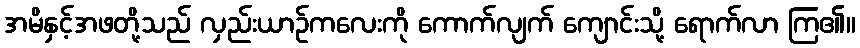
အမိနှင့်အဖတို့သည် လှည်းယာဉ်ကလေးကို ကောက်လျက် ကျောင်းသို့ ရောက်လာ ကြ၏။